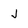
Character: j